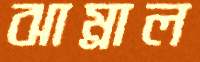
ঝাম্‌রাল